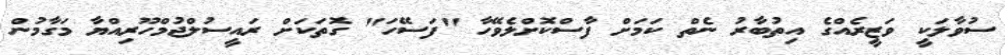
ސުވާލަކީ ވަޒީރެއްގެ އިތުބާރު ނެތް ކަމަށް ފާސްކޮށްލެވޭހާ "ފަސޭހަ" ގޮތަކަށް ރައީސުލްޖުމްހޫރިއްޔާ މަގާމުން